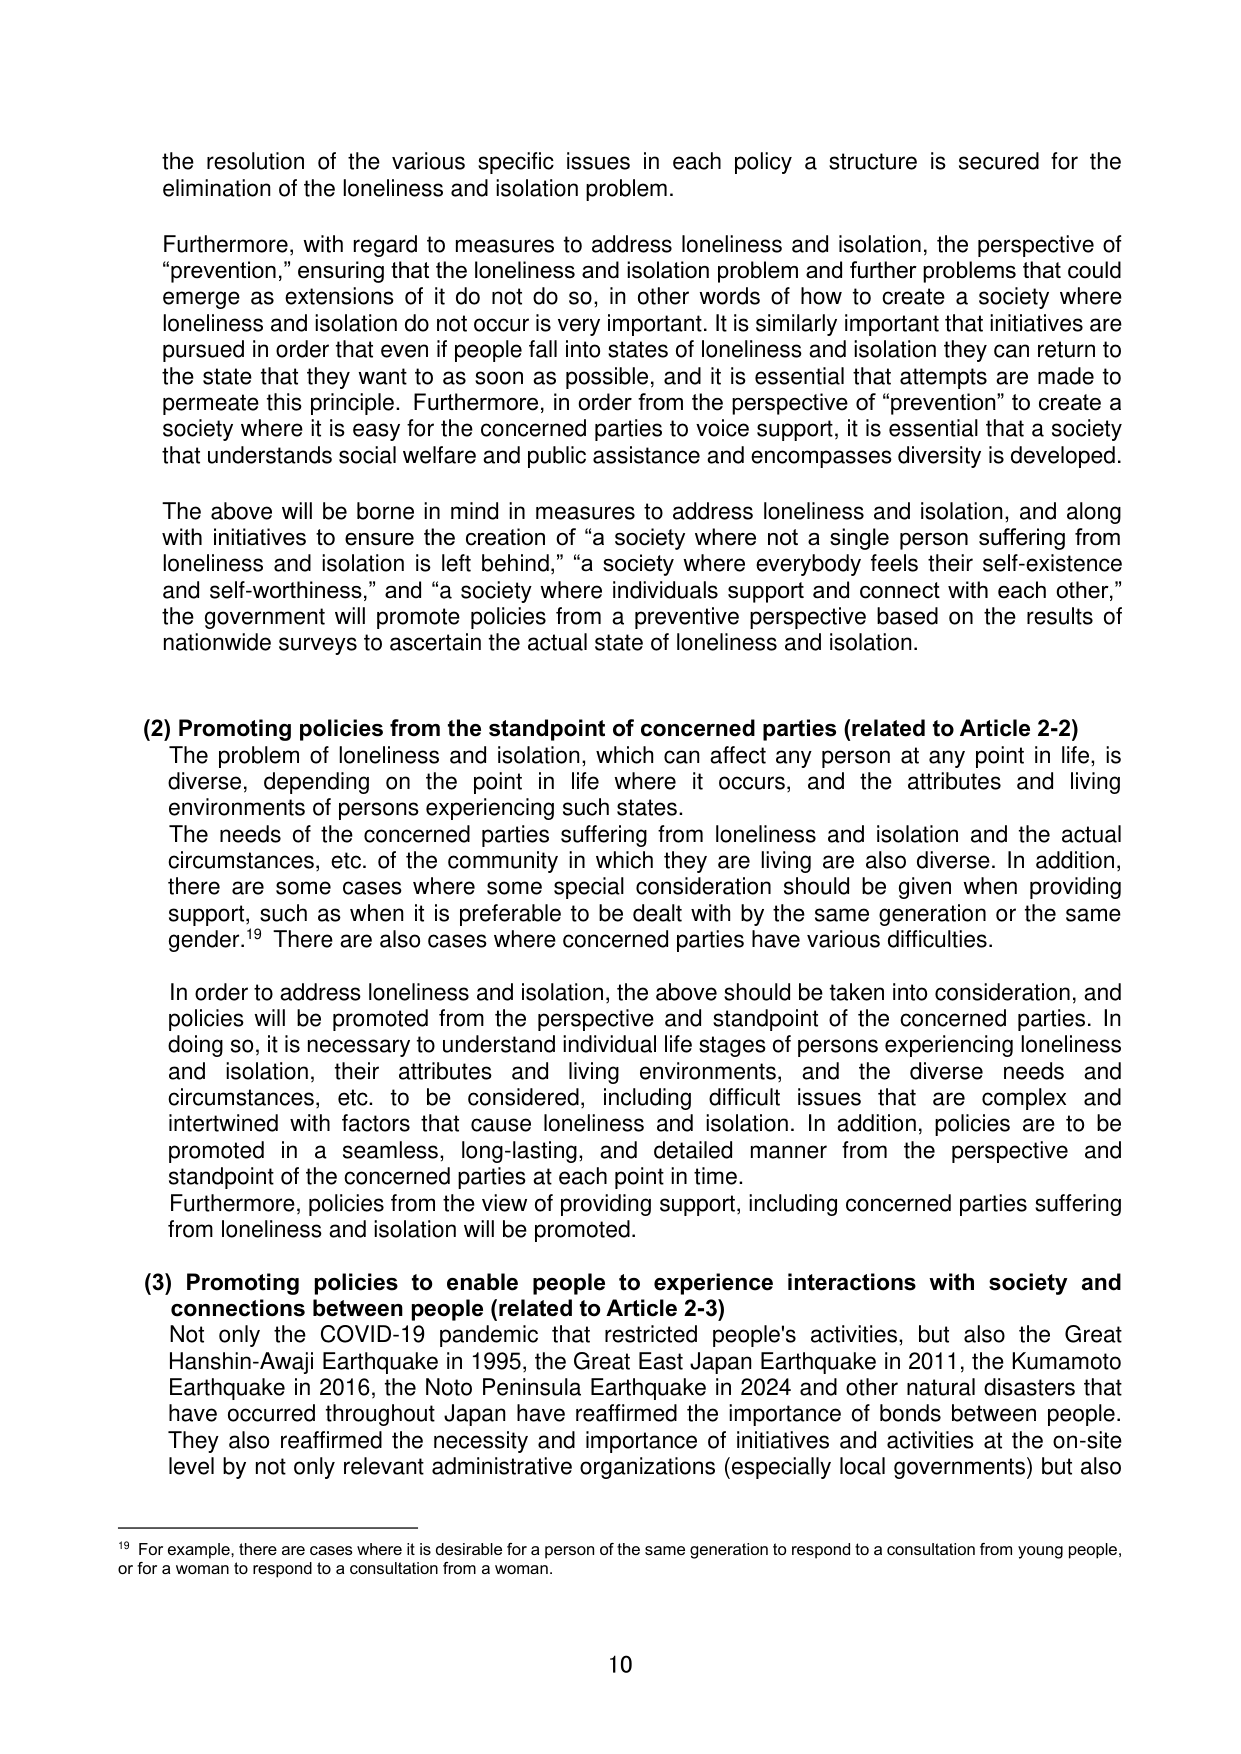
the resolution of the various specific issues in each policy a structure is secured for the elimination of the loneliness and isolation problem.

Furthermore, with regard to measures to address loneliness and isolation, the perspective of “prevention,” ensuring that the loneliness and isolation problem and further problems that could emerge as extensions of it do not do so, in other words of how to create a society where loneliness and isolation do not occur is very important. It is similarly important that initiatives are pursued in order that even if people fall into states of loneliness and isolation they can return to the state that they want to as soon as possible, and it is essential that attempts are made to permeate this principle. Furthermore, in order from the perspective of “prevention” to create a society where it is easy for the concerned parties to voice support, it is essential that a society that understands social welfare and public assistance and encompasses diversity is developed.

The above will be borne in mind in measures to address loneliness and isolation, and along with initiatives to ensure the creation of “a society where not a single person suffering from loneliness and isolation is left behind,” “a society where everybody feels their self-existence and self-worthiness,” and “a society where individuals support and connect with each other,” the government will promote policies from a preventive perspective based on the results of nationwide surveys to ascertain the actual state of loneliness and isolation.

(2) Promoting policies from the standpoint of concerned parties (related to Article 2-2)
The problem of loneliness and isolation, which can affect any person at any point in life, is diverse, depending on the point in life where it occurs, and the attributes and living environments of persons experiencing such states.
The needs of the concerned parties suffering from loneliness and isolation and the actual circumstances, etc. of the community in which they are living are also diverse. In addition, there are some cases where some special consideration should be given when providing support, such as when it is preferable to be dealt with by the same generation or the same gender.¹⁹ There are also cases where concerned parties have various difficulties.

In order to address loneliness and isolation, the above should be taken into consideration, and policies will be promoted from the perspective and standpoint of the concerned parties. In doing so, it is necessary to understand individual life stages of persons experiencing loneliness and isolation, their attributes and living environments, and the diverse needs and circumstances, etc. to be considered, including difficult issues that are complex and intertwined with factors that cause loneliness and isolation. In addition, policies are to be promoted in a seamless, long-lasting, and detailed manner from the perspective and standpoint of the concerned parties at each point in time.
Furthermore, policies from the view of providing support, including concerned parties suffering from loneliness and isolation will be promoted.

(3) Promoting policies to enable people to experience interactions with society and connections between people (related to Article 2-3)
Not only the COVID-19 pandemic that restricted people's activities, but also the Great Hanshin-Awaji Earthquake in 1995, the Great East Japan Earthquake in 2011, the Kumamoto Earthquake in 2016, the Noto Peninsula Earthquake in 2024 and other natural disasters that have occurred throughout Japan have reaffirmed the importance of bonds between people. They also reaffirmed the necessity and importance of initiatives and activities at the on-site level by not only relevant administrative organizations (especially local governments) but also

¹⁹ For example, there are cases where it is desirable for a person of the same generation to respond to a consultation from young people, or for a woman to respond to a consultation from a woman.

10